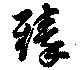
臻